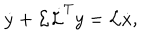
LaTeX: \dot { y } + { \cal L } \dot { \cal L } ^ { T } y = { \cal L } \dot { x } ,